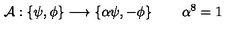
{ \cal A } : \left\{ \psi , \phi \right\} \longrightarrow \left\{ \alpha \psi , - \phi \right\} \quad \quad \alpha ^ { 8 } = 1